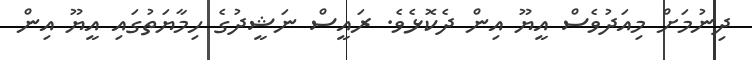
ދިނުމަށް މިއަދުވެސް އީޔޫ އިން ދެކޮޅެވެ. ރައީސް ނަޝީދުގެ ހިމާޔަތުގައި އީޔޫ އިން